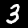
Digit: 3